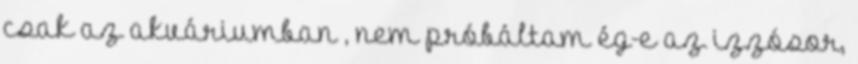
csak az akváriumban , nem próbáltam ég-e az izzósor,